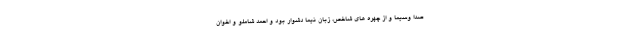
صدا وسیما و از چهره های شاخص، زبان نیما دشوار بود و احمد شاملو و اخوان